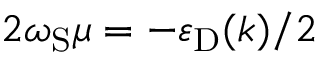
2 \omega _ { \mathrm { S } } \mu = - \varepsilon _ { \mathrm { D } } ( k ) / 2